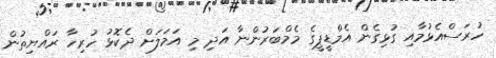
ހުރަސްއެޅުމާއި ގުޅިގެން އެމްޑީޕީގެ މެމްބަރުންނާ އަދި މި އަމަލަށް ދެކޮޅު ހުރިހާ ރައްޔިތުން